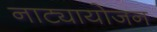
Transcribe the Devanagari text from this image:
नाट्यायोजन